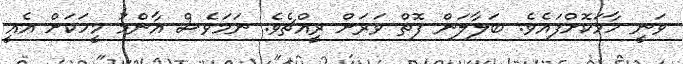
ވަނީ ހާމަކޮށްފައެވެ. ބަލާލަން ފޮތް ވަރަށް ރީއްޗެވެ. ނަމަވެސް އާންމު މީހަކަށް އެއީ